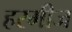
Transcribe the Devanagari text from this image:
हरमीज